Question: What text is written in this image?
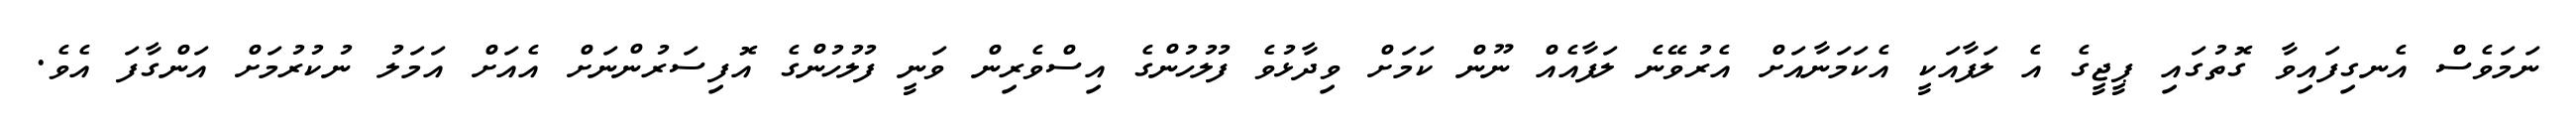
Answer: ނަމަވެސް އެނގިފައިވާ ގޮތުގައި ޕީޖީގެ އެ ލަފާއަކީ އެކަމަނާއަށް އެރުވޭނެ ލަފާއެއް ނޫން ކަމަށް ވިދާޅުވެ ފުލުހުންގެ އިސްވެރިން ވަނީ ފުލުހުންގެ އޮފިސަރުންނަށް އެއަށް އަމަލު ނުކުރުމަށް އަންގާފަ އެވެ.